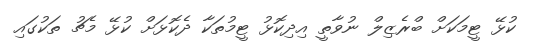
ކުޅޭ ޓީމަކަށް ބްރެޒިލް ނުވާތީ އިދިކޮޅު ޓީމުތަކާ ދެކޮޅަށް ކުޅޭ މެޗު ތަކުގައި